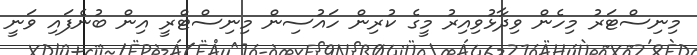
މިނިސްޓަރު މިހެން ވިދާޅުވިއިރު މީގެ ކުރިން ހައުސިން މިނިސްޓްރީ އިން ބުނެފައި ވަނީ